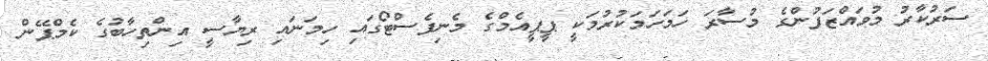
ސަރުކާރު މުވައްޒަފުންގެ މުސާރަ ހަމަހަމަކުރުމަކީ ޕީޕީއެމްގެ މެނިފެސްޓޯގައި ހިމަނައި ރިޔާސީ އިންތިހާބުގެ ކެމްޕޭން